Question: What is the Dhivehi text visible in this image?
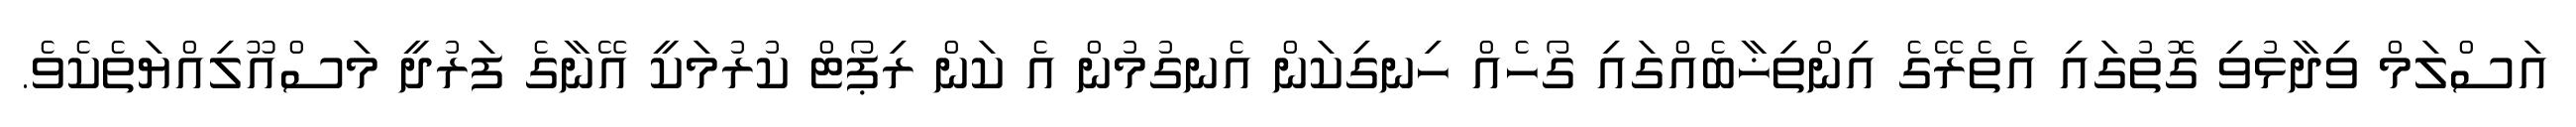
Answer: އަސްލަމް ވިދާޅުވި ގޮތުގައި އެތެރޭގެ އިންތިޚާބެއްގައި ގޯހެއް ހިނގިކަން އެނގުމުން އެ ކަން ރިޕޯޓް ކުރުމަކީ އޭނާގެ ފަރުދީ މަސްއޫލިއްޔަތެކެވެ.